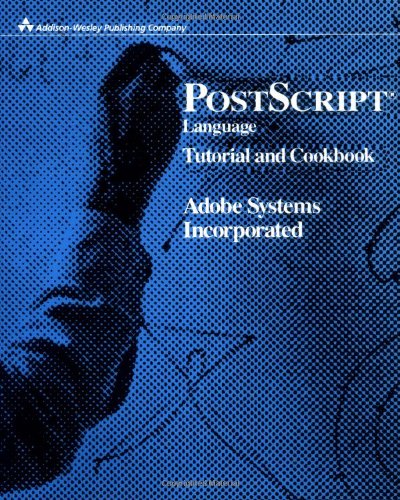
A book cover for PostScript Language Tutorial and Cookbook; Adobe Systems  Inc.; Computers & Technology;